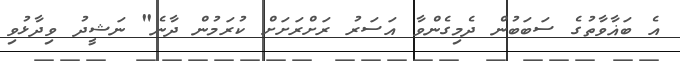
އެ ބަޣާވާތުގެ ސަބަބުން ދެމިގެންވާ އަސަރު ރަށްރަށަށް ކުރަމުން ދާނެ" ނަޝީދު ވިދާޅުވި